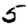
Digit: 5